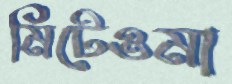
মিটেওমা